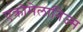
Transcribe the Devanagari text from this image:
एक्रोमेलानिज्म